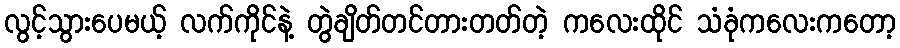
လွင့်သွားပေမယ့် လက်ကိုင်နဲ့ တွဲချိတ်တင်တားတတ်တဲ့ ကလေးထိုင် သံခုံကလေးကတော့